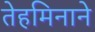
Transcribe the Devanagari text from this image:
तेहमिनाने